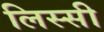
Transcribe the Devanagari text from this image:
लिस्सी